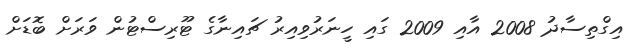
އިގްތިސާދު 2008 އާއި 2009 ގައި ހީނަރުވިއިރު ޗައިނާގެ ޓޫރިސްޓުން ވަރަށް ބޮޑަށް